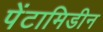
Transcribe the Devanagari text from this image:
पेंटामिडीन